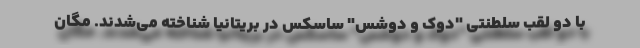
با دو لقب سلطنتی "دوک و دوشس" ساسکس در بریتانیا شناخته می‌شدند. مگان